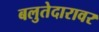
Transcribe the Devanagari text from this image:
बलुतेदारावर